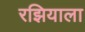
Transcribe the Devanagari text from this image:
रझियाला